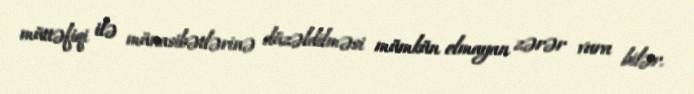
müttəfiqi ilə münasibətlərinə düzəldilməsi mümkün olmayan zərər vura bilər.